Report of the King Institute of Preventive Medicine, Guindy
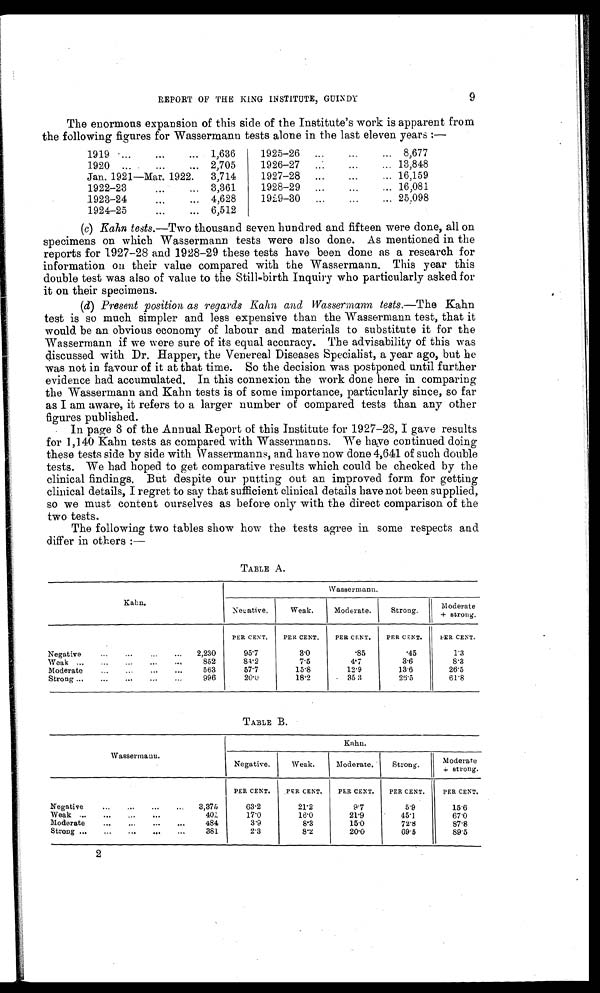
9
REPORT OF THE KING INSTITUTE, GUINDY
The enormous expansion of this side of the Institute's work is apparent from
the following figures for Wassermann tests alone in the last eleven years :—
1919 . . .
1,636
1920 . . .
2,705
Jan. 1921—Mar. 1922.
3,714
1922-23 . . .
3,361
1923-24 . . .
4,628
1924-25 . . .
6,512
1925-26 . . .
8,677
1926-27 . . . 13,848
1927-28 . . . 16,159
1928-29 . . . 16,081
1929-30 . . . 25,098
(c)
Kahn tests.— Two thousand seven hundred and fifteen were done, all on
specimens on which Wassermann tests were also done. As mentioned in the
reports for 1927-28 and 1928-29 these tests have been done as a research for
information on their value compared with the Wassermann. This year this
double test was also of value to the Still-birth Inquiry who particularly asked. for
it on their specimens.
(d)
Present position as regards Kahn and Wassermann tests.— The
Kahn
test is so much simpler and less expensive than the Wassermann test, that it
would be an obvious economy of labour and materials to substitute it for the
Wassermann if we were sure of its equal accuracy. The advisability of this was
discussed with Dr. Happer, the Venereal Diseases Specialist, a year ago, but he
was not in favour of it at that time. So the decision was postponed until further
evidence had accumulated. In this connexion the work done here in comparing
the Wassermann and Kahn tests is of some importance, particularly since, so far
as I am aware, it refers to a larger number of compared tests than any other
figures published.
In page 8 of the Annual Report of this Institute for 1927-28, I gave results
for 1,140 Kahn tests as compared with Wassermanns. We have continued doing
these tests side by side with Wassermanns, and have now done 4,641 of such double
tests. We had hoped to get comparative results which could be checked by the
clinical findings. But despite our putting out an improved form for getting
clinical details, I regret to say that sufficient clinical details have not been supplied,
so we must content ourselves as before only with the direct comparison of the
two tests.
The following two tables show how the tests agree in some respects and
differ in others :—
TABLE A.
Kahn.
Wassermann.
Negative.
Weak.
Moderate.
Strong.
Moderate
+ s t r o n g .
PER CENT.
PER CENT.
PER CENT.
PER CENT.
PER CENT.
Negative . . .
2,230
95.7
3.0
.85
.45
1.3
Weak . . .
852
84.2
7.5
4.7
3.6
8.3
Moderate . . .
563
57.7
15.8
12.9
13.6
26.5
Strong . . .
996
20.0
18.2
35.3
26.5
61.8
TABLE B.
Wassermann.
Kahn.
Negative.
Weak.
Moderate.
Strong.
Moderate
+ strong.
PER CENT.
PER CENT.
PER CENT.
PER CENT.
PER CENT.
Negative . . .
3,375
63.2
21.2
9.7
5.9
15.6
Weak . . .
401
17.0
16.0
21.9
45.1
67.0
Moderate . . .
484
3.9
8.3
15.0
72.8
87.8
Strong . . .
381
2.3
8.2
20.0
69.5
89.5
2